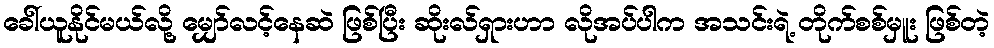
ခေါ်ယူနိုင်မယ်လို့ မျှော်လင့်နေဆဲ ဖြစ်ပြီး ဆိုးလ်ရှားဟာ လိုအပ်ပါက အသင်းရဲ့ တိုက်စစ်မှူး ဖြစ်တဲ့